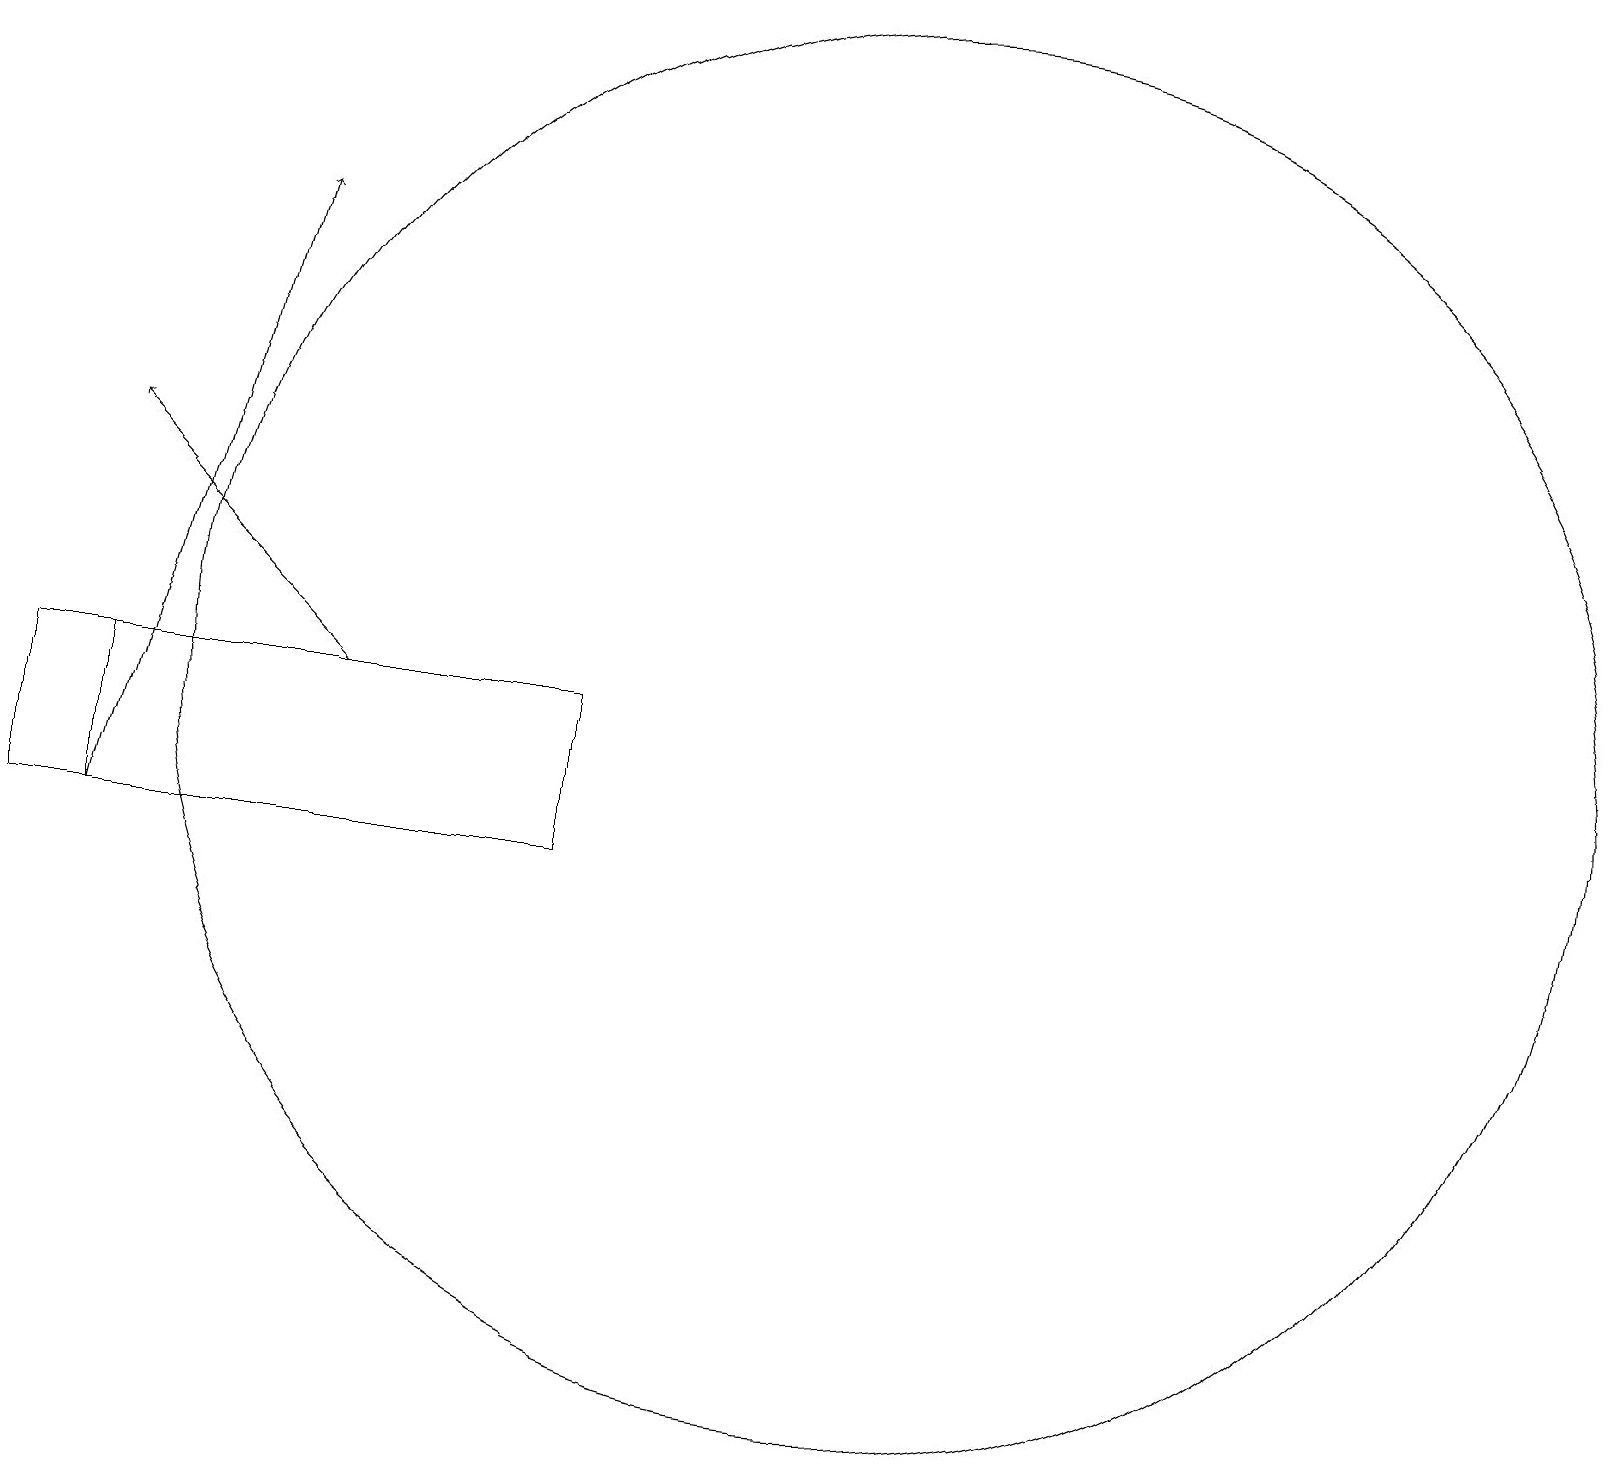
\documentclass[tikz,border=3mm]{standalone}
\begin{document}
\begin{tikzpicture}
\draw[->] (4,12) -- (1,15);
\draw (11,12) circle (9);
\draw (7,12) rectangle (1,10);
\draw[->] (1,10) -- (3,18);
\draw (1,12) rectangle (0,10);
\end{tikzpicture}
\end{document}